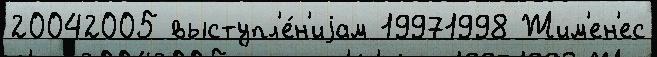
20042005 выступл'е́н'иjам 19971998 Жим'ен'ес